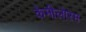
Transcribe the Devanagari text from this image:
केमीलोरम